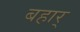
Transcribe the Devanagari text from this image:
बहार्